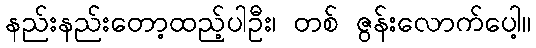
နည်းနည်းတော့ထည့်ပါဦး၊ တစ် ဇွန်းလောက်ပေါ့။